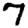
Digit: 7